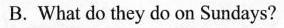
B. What do they do on Sundays?